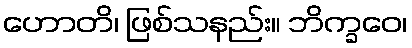
ဟောတိ၊ ဖြစ်သနည်း။ ဘိက္ခဝေ၊